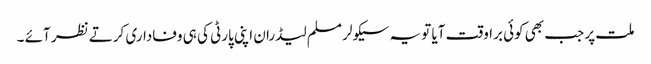
ملت پر جب بھی کوئی براوقت آیا تو یہ سیکولر مسلم لیڈران اپنی پارٹی کی ہی وفاداری کرتے نظر آئے ۔